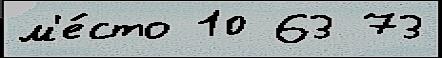
м'е́сто 10 63 73